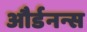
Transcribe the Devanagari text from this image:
और्डनन्स